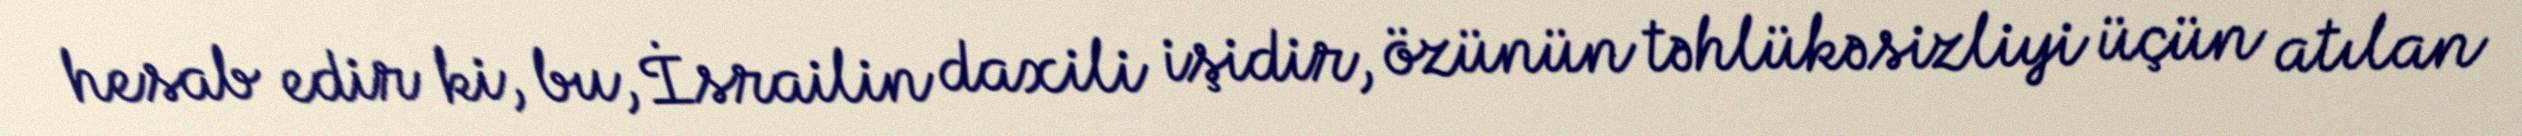
hesab edir ki, bu, İsrailin daxili işidir, özünün təhlükəsizliyi üçün atılan